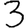
Digit: 3